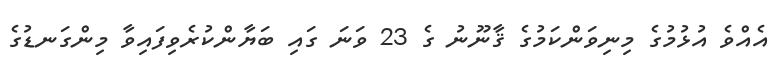
އެއްވެ އުޅުމުގެ މިނިވަންކަމުގެ ޤާނޫނު ގެ 23 ވަނަ ގައި ބަޔާންކުރެވިފައިވާ މިންގަނޑުގެ